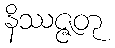
နိဿဇ္ဇတု